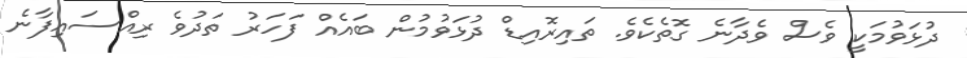
ދުޅަވުމަކީ ވެސް ވެދާނެ ގޮތެކެވެ. ތައިރޮއިޑް ދުޅަވުމުން ބައެއް ފަހަރު ތަދުވެ ރިއްސައިފާނެ